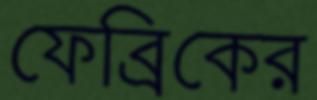
ফেব্রিকের